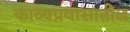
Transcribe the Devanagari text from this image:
काव्यप्रवासातील